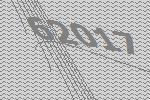
62017